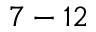
7 - 1 2